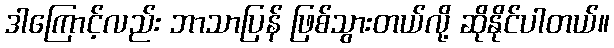
ဒါကြောင့်လည်း ဘာသာပြန် ဖြစ်သွားတယ်လို့ ဆိုနိုင်ပါတယ်။